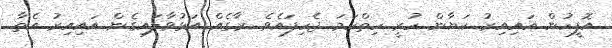
އޮފީހުން އައިއިރު ކަޔާން ހުރީ ހިތްހަމަ ޖެހިފައެވެ. ރާގެއް އަޅުވާލައިގެން އައިއިރު އެތާ